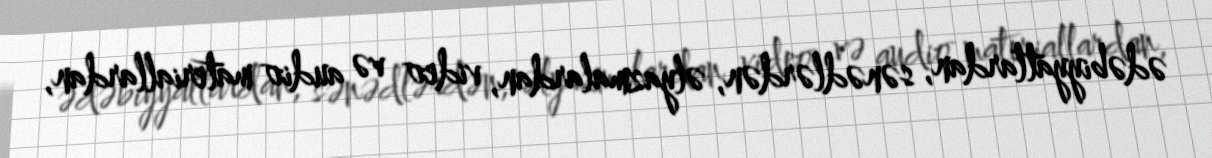
ədəbiyyatlardan, sənədlərdən, əlyazmalardan, video və audio materiallardan,